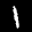
Label: 1